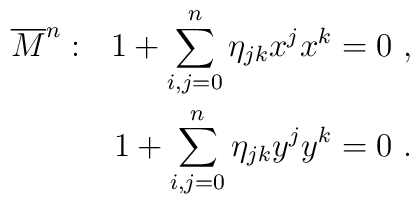
\begin{array}{r}\overline{M}^n:~~1+\displaystyle\sum_{i,j=0}^n\eta_{jk}x^jx^k=0~,\\[0.5cm]1+\displaystyle\sum_{i,j=0}^n\eta_{jk}y^jy^k=0~.\end{array}